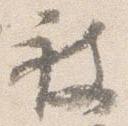
被